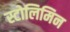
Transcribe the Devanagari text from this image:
स्टोलिमिन